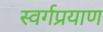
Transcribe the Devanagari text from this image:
स्वर्गप्रयाण